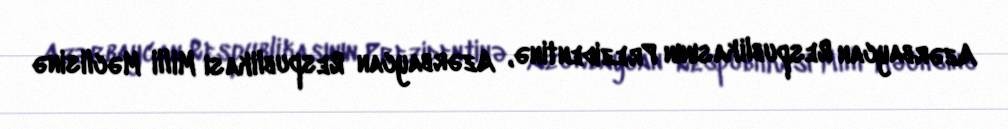
Azərbaycan Respublikasının Prezidentinə, Azərbaycan Respublikası Milli Məclisinə